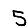
Digit: 5